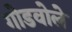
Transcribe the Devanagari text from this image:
गोडवोले